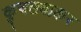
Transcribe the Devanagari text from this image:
कुचलवाकर